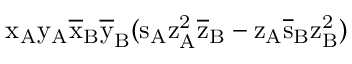
\mathrm { x _ { A } \mathrm { y _ { A } \mathrm { \overline { { x } } _ { B } \mathrm { \overline { { y } } _ { B } ( \mathrm { s _ { A } \mathrm { z _ { A } ^ { 2 } \mathrm { \overline { { z } } _ { B } - \mathrm { z _ { A } \mathrm { \overline { { s } } _ { B } \mathrm { z _ { B } ^ { 2 } ) } } } } } } } } } }